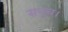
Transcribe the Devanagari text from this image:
समूच।